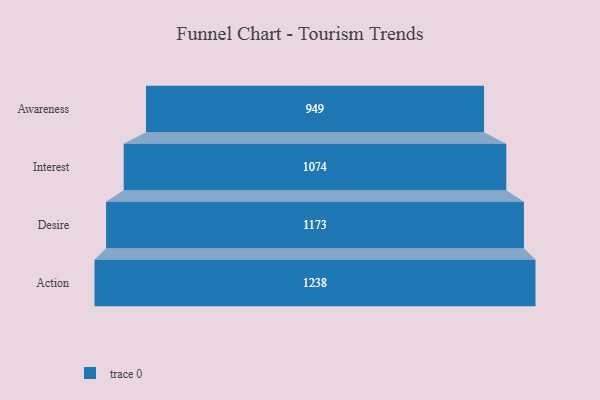
{"axis": {"x": "Stage", "y": "Value"}, "legend": [""], "data": [{"x": "Awareness", "y": 949.0, "type": ""}, {"x": "Interest", "y": 1074.0, "type": ""}, {"x": "Desire", "y": 1173.0, "type": ""}, {"x": "Action", "y": 1238.0, "type": ""}]}